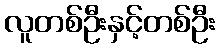
လူတစ်ဦးနှင့်တစ်ဦး